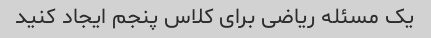
یک مسئله ریاضی برای کلاس پنجم ایجاد کنید